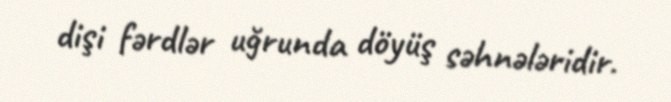
dişi fərdlər uğrunda döyüş səhnələridir.